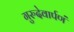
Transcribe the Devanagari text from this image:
गुरुदेवार्पणं